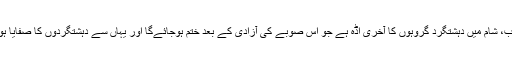
صوبہ ادلب، شام میں دہشتگرد گروہوں کا آخری اڈہ ہے جو اس صوبے کی آزادی کے بعد ختم ہوجائےگا اور یہاں سے دہشتگردوں کا صفایا ہوجائے گا۔